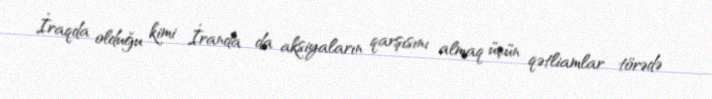
İraqda olduğu kimi İranda da aksiyaların qarşısını almaq üçün qətliamlar törədə